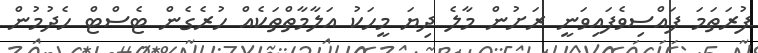
ފުރަތަމަ ފައްސިވެފައިވަނީ ރަށުން މާލެ ދިޔަ މީހަކު އަލާމާތްތަކެއް ހުރެގެން ޓެސްޓް ހެދުމުން